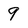
Character: 9